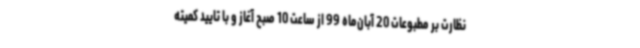
نظارت بر مطبوعات 20 آبان‌ماه 99 از ساعت 10 صبح آغاز و با تایید کمیته